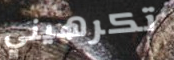
تكرهيني